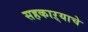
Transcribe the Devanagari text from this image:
सहकाऱ्याचे